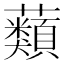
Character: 蘱